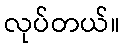
လုပ်တယ်။